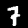
Digit: 7